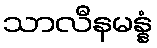
သာလီနမန္နံ